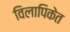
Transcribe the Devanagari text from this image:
विलापिकेत